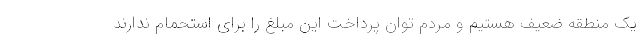
یک منطقه ضعیف هستیم و مردم توان پرداخت این مبلغ را برای استحمام ندارند